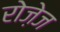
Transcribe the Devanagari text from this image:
रोज़ेज